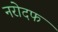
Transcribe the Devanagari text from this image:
नरोदफ